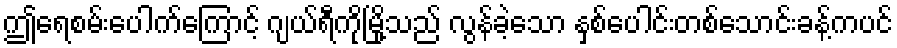
ဤရေစမ်းပေါက်ကြောင့် ဂျယ်ရီကိုမြို့သည် လွန်ခဲ့သော နှစ်ပေါင်းတစ်သောင်းခန့်ကပင်